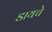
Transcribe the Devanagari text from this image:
डायचे